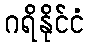
ဂရိနိုင်ငံ